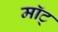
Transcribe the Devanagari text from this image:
माॅट्